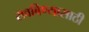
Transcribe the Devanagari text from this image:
रावबिण्यासाठी